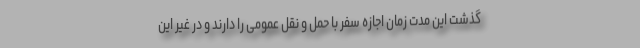
گذشت این مدت زمان اجازه سفر با حمل و نقل عمومی را دارند و در غیر این